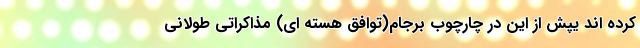
کرده اند یپش از این در چارچوب برجام(توافق هسته ای) مذاکراتی طولانی